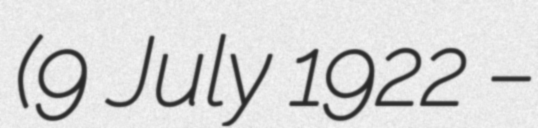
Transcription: (9 July 1922 –